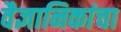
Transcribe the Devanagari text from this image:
वैज्ञानिकांचा